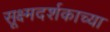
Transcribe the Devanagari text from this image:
सूक्ष्मदर्शकाच्या